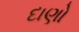
દાણો